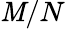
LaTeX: \mathit{M}/N